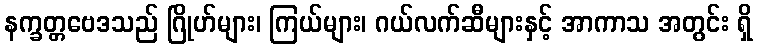
နက္ခတ္တဗေဒသည် ဂြိုဟ်များ၊ ကြယ်များ၊ ဂယ်လက်ဆီများနှင့် အာကာသ အတွင်း ရှိ